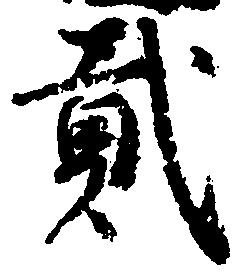
弐